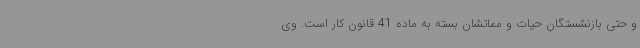
و حتی بازنشستگان حیات و مماتشان بسته به ماده 41 قانون کار است. وی